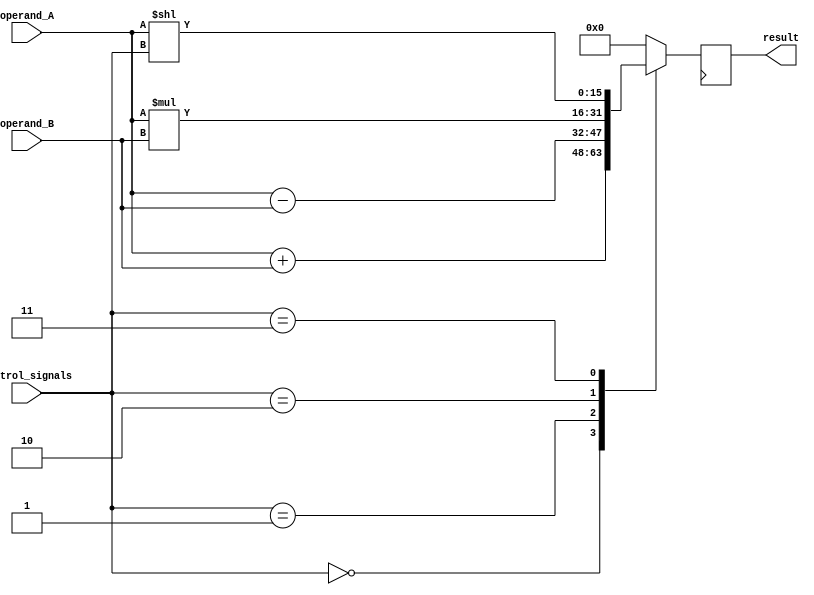
module HalfPrecisionFloatingPointUnit (
    input wire [15:0] operand_A,
    input wire [15:0] operand_B,
    input wire [3:0] control_signals,
    output reg [15:0] result
);

// Declare the necessary arithmetic blocks
reg [15:0] add_result, sub_result, mul_result, shift_result;

// Declare the necessary logic circuits for rounding and normalization
reg [15:0] round_result, normalized_result;

// Arithmetic blocks
assign add_result = operand_A + operand_B;
assign sub_result = operand_A - operand_B;
assign mul_result = operand_A * operand_B;
assign shift_result = operand_A << control_signals;

// Logic circuits for rounding and normalization
// (Code for rounding and normalization would be implemented here)

// IEEE 754 standard operations and error detection/correction mechanisms
// (Code for IEEE 754 operations and error detection/correction would be implemented here)

// Output port assignment
always @ (posedge clk) begin
    case (control_signals)
        // Control signal cases for choosing the result based on operation
        4'b0000: result <= add_result;
        4'b0001: result <= sub_result;
        4'b0010: result <= mul_result;
        4'b0011: result <= shift_result;
        default: result <= 16'h0000; // Default result value
    endcase
end

endmodule